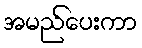
အမည်ပေးကာ